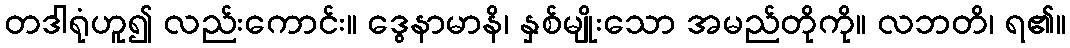
တဒါရုံဟူ၍ လည်းကောင်း။ ဒွေနာမာနိ၊ နှစ်မျိုးသော အမည်တိုကို။ လဘတိ၊ ရ၏။